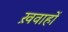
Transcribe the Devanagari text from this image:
ख़वाहों